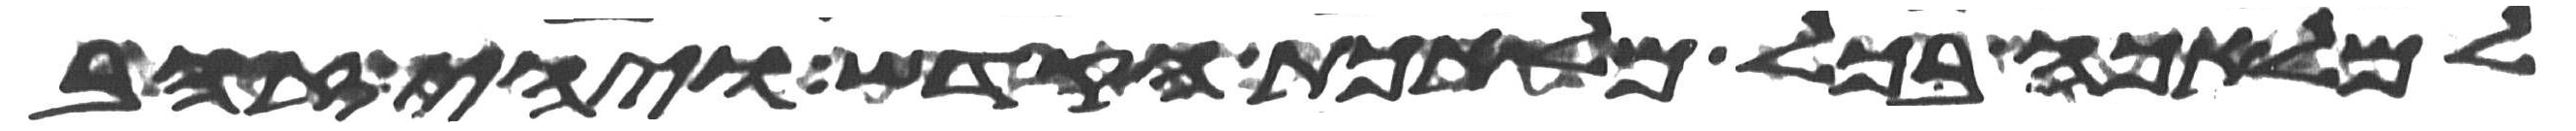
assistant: למלאכה בכל מלאכת הקדש ויהי זהב